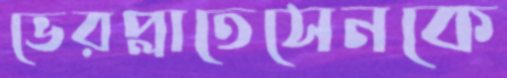
ভেরপ্লাতেসেনকে